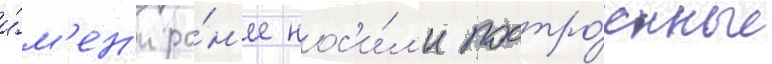
и́м'ен'и ра́н'ее нос'и́л'и постро́енные